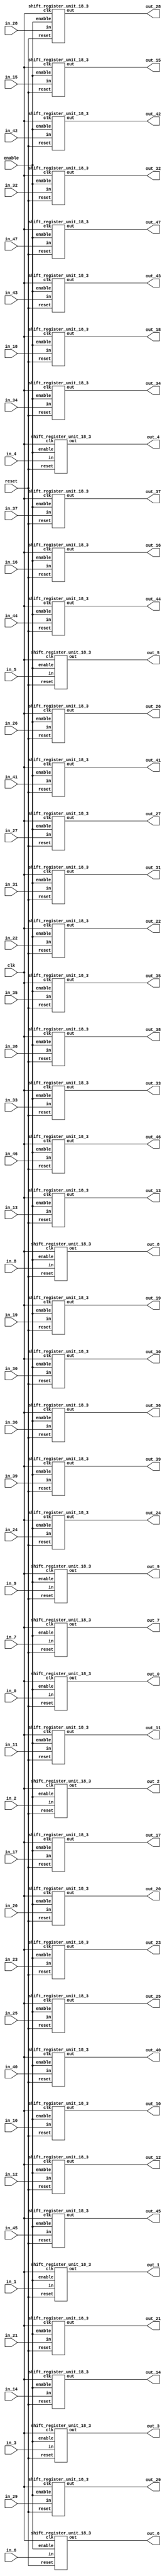
`define SIMULATION_MEMORY

module shift_register_group_18_48_3 (
	input clk,
	input enable,
	input [17:0] in_0,
	output [17:0] out_0,
	input [17:0] in_1,
	output [17:0] out_1,
	input [17:0] in_2,
	output [17:0] out_2,
	input [17:0] in_3,
	output [17:0] out_3,
	input [17:0] in_4,
	output [17:0] out_4,
	input [17:0] in_5,
	output [17:0] out_5,
	input [17:0] in_6,
	output [17:0] out_6,
	input [17:0] in_7,
	output [17:0] out_7,
	input [17:0] in_8,
	output [17:0] out_8,
	input [17:0] in_9,
	output [17:0] out_9,
	input [17:0] in_10,
	output [17:0] out_10,
	input [17:0] in_11,
	output [17:0] out_11,
	input [17:0] in_12,
	output [17:0] out_12,
	input [17:0] in_13,
	output [17:0] out_13,
	input [17:0] in_14,
	output [17:0] out_14,
	input [17:0] in_15,
	output [17:0] out_15,
	input [17:0] in_16,
	output [17:0] out_16,
	input [17:0] in_17,
	output [17:0] out_17,
	input [17:0] in_18,
	output [17:0] out_18,
	input [17:0] in_19,
	output [17:0] out_19,
	input [17:0] in_20,
	output [17:0] out_20,
	input [17:0] in_21,
	output [17:0] out_21,
	input [17:0] in_22,
	output [17:0] out_22,
	input [17:0] in_23,
	output [17:0] out_23,
	input [17:0] in_24,
	output [17:0] out_24,
	input [17:0] in_25,
	output [17:0] out_25,
	input [17:0] in_26,
	output [17:0] out_26,
	input [17:0] in_27,
	output [17:0] out_27,
	input [17:0] in_28,
	output [17:0] out_28,
	input [17:0] in_29,
	output [17:0] out_29,
	input [17:0] in_30,
	output [17:0] out_30,
	input [17:0] in_31,
	output [17:0] out_31,
	input [17:0] in_32,
	output [17:0] out_32,
	input [17:0] in_33,
	output [17:0] out_33,
	input [17:0] in_34,
	output [17:0] out_34,
	input [17:0] in_35,
	output [17:0] out_35,
	input [17:0] in_36,
	output [17:0] out_36,
	input [17:0] in_37,
	output [17:0] out_37,
	input [17:0] in_38,
	output [17:0] out_38,
	input [17:0] in_39,
	output [17:0] out_39,
	input [17:0] in_40,
	output [17:0] out_40,
	input [17:0] in_41,
	output [17:0] out_41,
	input [17:0] in_42,
	output [17:0] out_42,
	input [17:0] in_43,
	output [17:0] out_43,
	input [17:0] in_44,
	output [17:0] out_44,
	input [17:0] in_45,
	output [17:0] out_45,
	input [17:0] in_46,
	output [17:0] out_46,
	input [17:0] in_47,
	output [17:0] out_47,
	input reset
);

shift_register_unit_18_3 shift_register_unit_18_3_inst_0 (
	.clk(clk),
	.reset(reset),
	.enable(enable),
	.in(in_0),
	.out(out_0)
);

shift_register_unit_18_3 shift_register_unit_18_3_inst_1 (
	.clk(clk),
	.reset(reset),
	.enable(enable),
	.in(in_1),
	.out(out_1)
);

shift_register_unit_18_3 shift_register_unit_18_3_inst_2 (
	.clk(clk),
	.reset(reset),
	.enable(enable),
	.in(in_2),
	.out(out_2)
);

shift_register_unit_18_3 shift_register_unit_18_3_inst_3 (
	.clk(clk),
	.reset(reset),
	.enable(enable),
	.in(in_3),
	.out(out_3)
);

shift_register_unit_18_3 shift_register_unit_18_3_inst_4 (
	.clk(clk),
	.reset(reset),
	.enable(enable),
	.in(in_4),
	.out(out_4)
);

shift_register_unit_18_3 shift_register_unit_18_3_inst_5 (
	.clk(clk),
	.reset(reset),
	.enable(enable),
	.in(in_5),
	.out(out_5)
);

shift_register_unit_18_3 shift_register_unit_18_3_inst_6 (
	.clk(clk),
	.reset(reset),
	.enable(enable),
	.in(in_6),
	.out(out_6)
);

shift_register_unit_18_3 shift_register_unit_18_3_inst_7 (
	.clk(clk),
	.reset(reset),
	.enable(enable),
	.in(in_7),
	.out(out_7)
);

shift_register_unit_18_3 shift_register_unit_18_3_inst_8 (
	.clk(clk),
	.reset(reset),
	.enable(enable),
	.in(in_8),
	.out(out_8)
);

shift_register_unit_18_3 shift_register_unit_18_3_inst_9 (
	.clk(clk),
	.reset(reset),
	.enable(enable),
	.in(in_9),
	.out(out_9)
);

shift_register_unit_18_3 shift_register_unit_18_3_inst_10 (
	.clk(clk),
	.reset(reset),
	.enable(enable),
	.in(in_10),
	.out(out_10)
);

shift_register_unit_18_3 shift_register_unit_18_3_inst_11 (
	.clk(clk),
	.reset(reset),
	.enable(enable),
	.in(in_11),
	.out(out_11)
);

shift_register_unit_18_3 shift_register_unit_18_3_inst_12 (
	.clk(clk),
	.reset(reset),
	.enable(enable),
	.in(in_12),
	.out(out_12)
);

shift_register_unit_18_3 shift_register_unit_18_3_inst_13 (
	.clk(clk),
	.reset(reset),
	.enable(enable),
	.in(in_13),
	.out(out_13)
);

shift_register_unit_18_3 shift_register_unit_18_3_inst_14 (
	.clk(clk),
	.reset(reset),
	.enable(enable),
	.in(in_14),
	.out(out_14)
);

shift_register_unit_18_3 shift_register_unit_18_3_inst_15 (
	.clk(clk),
	.reset(reset),
	.enable(enable),
	.in(in_15),
	.out(out_15)
);

shift_register_unit_18_3 shift_register_unit_18_3_inst_16 (
	.clk(clk),
	.reset(reset),
	.enable(enable),
	.in(in_16),
	.out(out_16)
);

shift_register_unit_18_3 shift_register_unit_18_3_inst_17 (
	.clk(clk),
	.reset(reset),
	.enable(enable),
	.in(in_17),
	.out(out_17)
);

shift_register_unit_18_3 shift_register_unit_18_3_inst_18 (
	.clk(clk),
	.reset(reset),
	.enable(enable),
	.in(in_18),
	.out(out_18)
);

shift_register_unit_18_3 shift_register_unit_18_3_inst_19 (
	.clk(clk),
	.reset(reset),
	.enable(enable),
	.in(in_19),
	.out(out_19)
);

shift_register_unit_18_3 shift_register_unit_18_3_inst_20 (
	.clk(clk),
	.reset(reset),
	.enable(enable),
	.in(in_20),
	.out(out_20)
);

shift_register_unit_18_3 shift_register_unit_18_3_inst_21 (
	.clk(clk),
	.reset(reset),
	.enable(enable),
	.in(in_21),
	.out(out_21)
);

shift_register_unit_18_3 shift_register_unit_18_3_inst_22 (
	.clk(clk),
	.reset(reset),
	.enable(enable),
	.in(in_22),
	.out(out_22)
);

shift_register_unit_18_3 shift_register_unit_18_3_inst_23 (
	.clk(clk),
	.reset(reset),
	.enable(enable),
	.in(in_23),
	.out(out_23)
);

shift_register_unit_18_3 shift_register_unit_18_3_inst_24 (
	.clk(clk),
	.reset(reset),
	.enable(enable),
	.in(in_24),
	.out(out_24)
);

shift_register_unit_18_3 shift_register_unit_18_3_inst_25 (
	.clk(clk),
	.reset(reset),
	.enable(enable),
	.in(in_25),
	.out(out_25)
);

shift_register_unit_18_3 shift_register_unit_18_3_inst_26 (
	.clk(clk),
	.reset(reset),
	.enable(enable),
	.in(in_26),
	.out(out_26)
);

shift_register_unit_18_3 shift_register_unit_18_3_inst_27 (
	.clk(clk),
	.reset(reset),
	.enable(enable),
	.in(in_27),
	.out(out_27)
);

shift_register_unit_18_3 shift_register_unit_18_3_inst_28 (
	.clk(clk),
	.reset(reset),
	.enable(enable),
	.in(in_28),
	.out(out_28)
);

shift_register_unit_18_3 shift_register_unit_18_3_inst_29 (
	.clk(clk),
	.reset(reset),
	.enable(enable),
	.in(in_29),
	.out(out_29)
);

shift_register_unit_18_3 shift_register_unit_18_3_inst_30 (
	.clk(clk),
	.reset(reset),
	.enable(enable),
	.in(in_30),
	.out(out_30)
);

shift_register_unit_18_3 shift_register_unit_18_3_inst_31 (
	.clk(clk),
	.reset(reset),
	.enable(enable),
	.in(in_31),
	.out(out_31)
);

shift_register_unit_18_3 shift_register_unit_18_3_inst_32 (
	.clk(clk),
	.reset(reset),
	.enable(enable),
	.in(in_32),
	.out(out_32)
);

shift_register_unit_18_3 shift_register_unit_18_3_inst_33 (
	.clk(clk),
	.reset(reset),
	.enable(enable),
	.in(in_33),
	.out(out_33)
);

shift_register_unit_18_3 shift_register_unit_18_3_inst_34 (
	.clk(clk),
	.reset(reset),
	.enable(enable),
	.in(in_34),
	.out(out_34)
);

shift_register_unit_18_3 shift_register_unit_18_3_inst_35 (
	.clk(clk),
	.reset(reset),
	.enable(enable),
	.in(in_35),
	.out(out_35)
);

shift_register_unit_18_3 shift_register_unit_18_3_inst_36 (
	.clk(clk),
	.reset(reset),
	.enable(enable),
	.in(in_36),
	.out(out_36)
);

shift_register_unit_18_3 shift_register_unit_18_3_inst_37 (
	.clk(clk),
	.reset(reset),
	.enable(enable),
	.in(in_37),
	.out(out_37)
);

shift_register_unit_18_3 shift_register_unit_18_3_inst_38 (
	.clk(clk),
	.reset(reset),
	.enable(enable),
	.in(in_38),
	.out(out_38)
);

shift_register_unit_18_3 shift_register_unit_18_3_inst_39 (
	.clk(clk),
	.reset(reset),
	.enable(enable),
	.in(in_39),
	.out(out_39)
);

shift_register_unit_18_3 shift_register_unit_18_3_inst_40 (
	.clk(clk),
	.reset(reset),
	.enable(enable),
	.in(in_40),
	.out(out_40)
);

shift_register_unit_18_3 shift_register_unit_18_3_inst_41 (
	.clk(clk),
	.reset(reset),
	.enable(enable),
	.in(in_41),
	.out(out_41)
);

shift_register_unit_18_3 shift_register_unit_18_3_inst_42 (
	.clk(clk),
	.reset(reset),
	.enable(enable),
	.in(in_42),
	.out(out_42)
);

shift_register_unit_18_3 shift_register_unit_18_3_inst_43 (
	.clk(clk),
	.reset(reset),
	.enable(enable),
	.in(in_43),
	.out(out_43)
);

shift_register_unit_18_3 shift_register_unit_18_3_inst_44 (
	.clk(clk),
	.reset(reset),
	.enable(enable),
	.in(in_44),
	.out(out_44)
);

shift_register_unit_18_3 shift_register_unit_18_3_inst_45 (
	.clk(clk),
	.reset(reset),
	.enable(enable),
	.in(in_45),
	.out(out_45)
);

shift_register_unit_18_3 shift_register_unit_18_3_inst_46 (
	.clk(clk),
	.reset(reset),
	.enable(enable),
	.in(in_46),
	.out(out_46)
);

shift_register_unit_18_3 shift_register_unit_18_3_inst_47 (
	.clk(clk),
	.reset(reset),
	.enable(enable),
	.in(in_47),
	.out(out_47)
);

endmodule

module shift_register_unit_18_3 (
	input clk,
	input reset,
	input enable,
	input [17:0] in,
	output [17:0] out
);

reg [17:0] shift_registers_0;
reg [17:0] shift_registers_1;
reg [17:0] shift_registers_2;
always @ (posedge clk) begin
	if (reset) begin
		shift_registers_0 <= 18'd0;
		shift_registers_1 <= 18'd0;
		shift_registers_2 <= 18'd0;
	end else if (enable) begin
		shift_registers_0 <= in;
		shift_registers_1 <= shift_registers_0;
		shift_registers_2 <= shift_registers_1;
	end
end

assign out = shift_registers_2;

endmodule